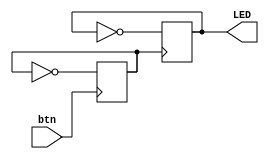
`timescale 1ns / 1ps
//////////////////////////////////////////////////////////////////////////////////
// Company: 
// Engineer: 
// 
// Design Name: 
// Module Name: buttonswitch
// Project Name: 
// Target Devices: 
// Tool Versions: 
// Description: 
// 
// Dependencies: 
// 
// Revision:
// Revision 0.01 - File Created
// Additional Comments:
// 
//////////////////////////////////////////////////////////////////////////////////


module buttonswitch(
    input btn,      // Button input
    output reg LED // LED output
);


// Define the LED and button signals
reg btn_reg;


// Assign button signal
always @ (posedge btn)
    btn_reg <= ~btn_reg;


// Toggle LED when button is pressed
always @ (posedge btn_reg)
    LED <= ~LED;


endmodule